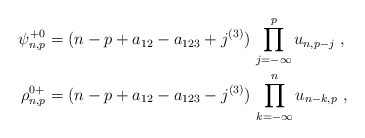
\begin{align*}\begin{aligned}\psi^{+0}_{n,p}&=(n-p+a_{12}-a_{123}+j^{(3)})\,\prod_{j=-\infty}^pu_{n,p-j}\ ,\\\rho^{0+}_{n,p}&=(n-p+a_{12}-a_{123}-j^{(3)})\,\prod_{k=-\infty}^nu_{n-k,p}\ ,\end{aligned}\end{align*}